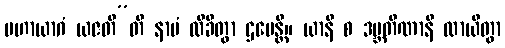
မဟာယာဂံ ယဇတီ”တိ နာမံ လိခိတွာ ဌပေန္တိ။ ယာနိ စ ဒဗ္ဘတိဏာနိ လာယိတွာ